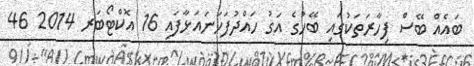
ބައެއް ބޭސް ފިހާރަތަކުގައި ބޭހުގެ އަގު ހައްދުފަހަނައަޅާފައި 16 އޮކްޓޯބަރ 2014 46